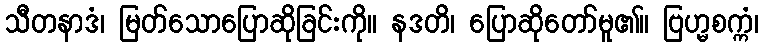
သီတနာဒံ၊ မြတ်သောပြောဆိုခြင်းကို။ နဒတိ၊ ပြောဆိုတော်မူ၏။ ဗြဟ္မစက္ကံ၊